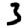
Digit: 3